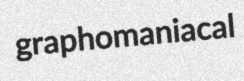
graphomaniacal